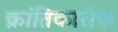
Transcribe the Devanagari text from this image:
क्रांतिकारीक